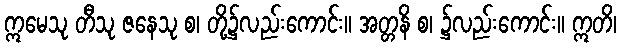
ဣမေသု တီသု ဇနေသု စ၊ တို့၌လည်းကောင်း။ အတ္တနိ စ၊ ၌လည်းကောင်း။ ဣတိ၊